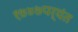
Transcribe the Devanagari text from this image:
१७४७पर्यंत